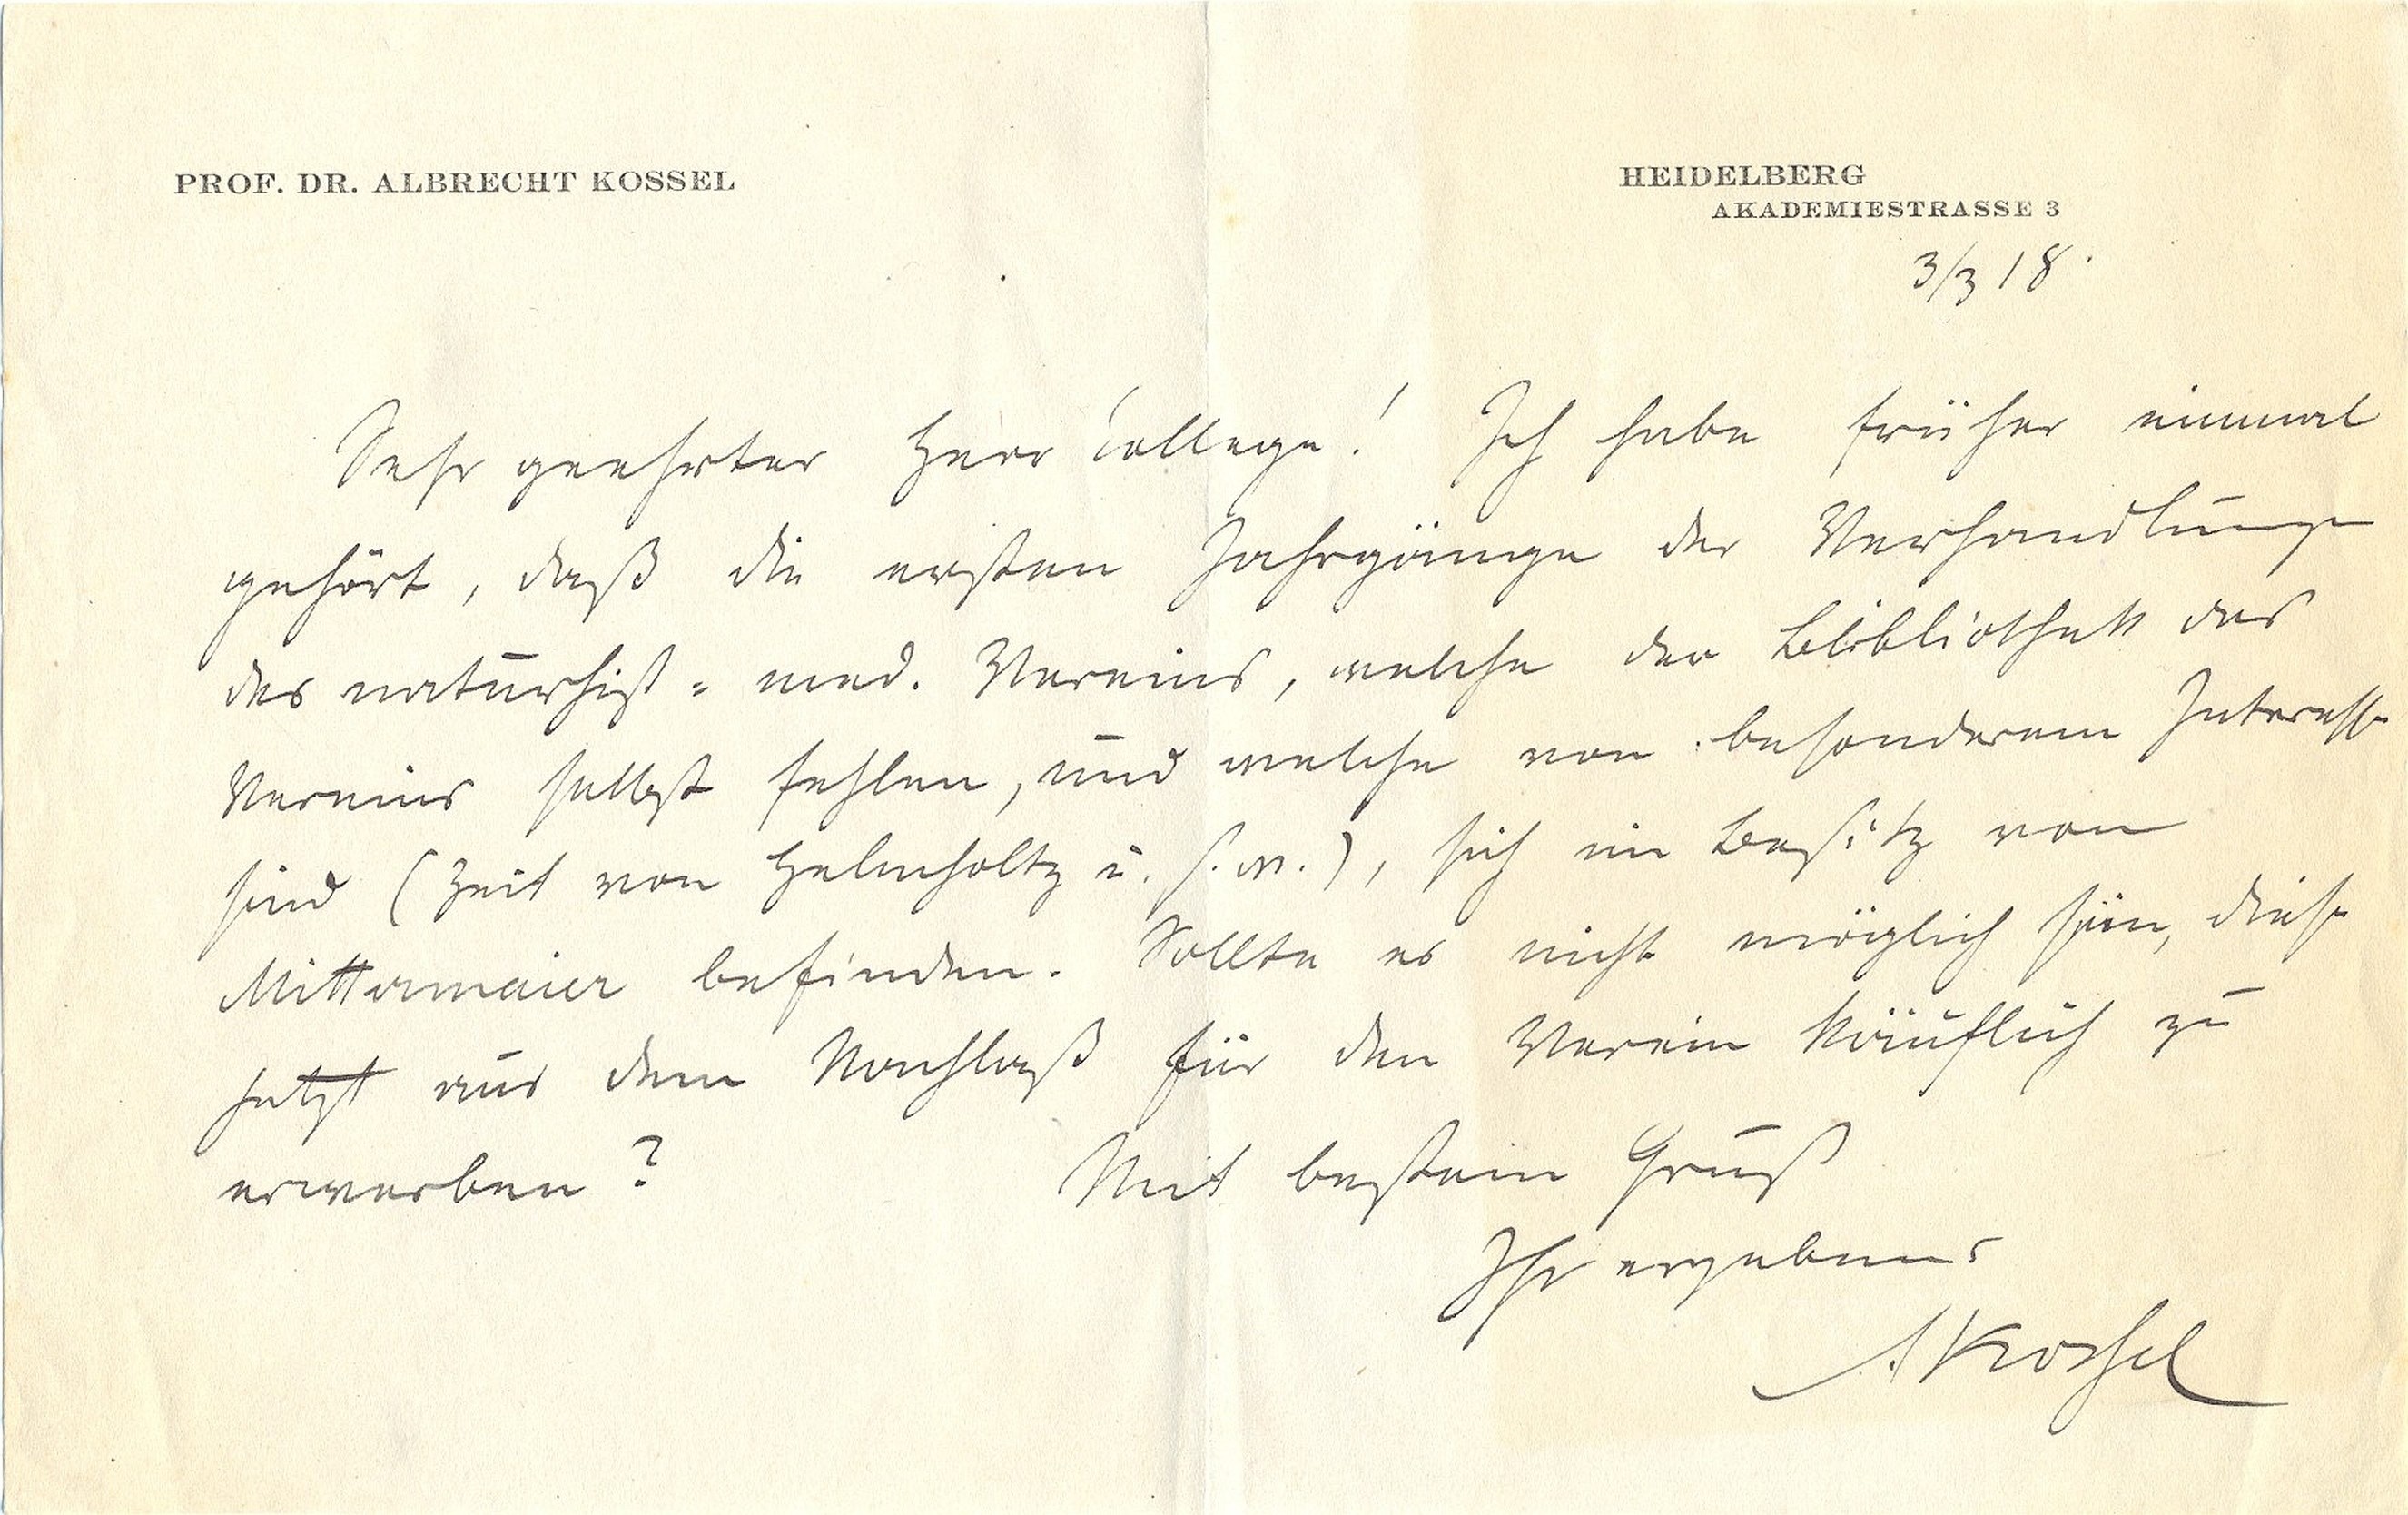
HEIDELBERG
AKADEMIESTRASSE 3
3/3 18

PROF. DR. ALBRECHT KOSSEL

Sehr geehrter Herr Kollege! Ich habe früher einmal
gehört, daß die ersten Jahrgänge der Verhandlungen
des naturhist - med. Vereins, welche der Bibliothek des
Vereins selbst fehlen, und welche von besonderem Interesse
sind (Zeit von Helmholtz u.s.w.) sich im Besitz von
Mittermaier befinden. Sollte es nicht möglich sein, diese
jetzt aus dem Nachlaß für den Verein käuflich zu
erwerben?
Mit bestem Gruß
Ihr ergebener
A. Kossel